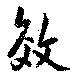
效